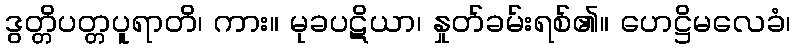
ဒွတ္တိပတ္တပူရာတိ၊ ကား။ မုခပဋိယာ၊ နှုတ်ခမ်းရစ်၏။ ဟေဋ္ဌိမလေခံ၊